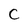
Character: C